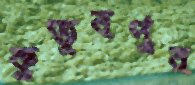
কুতুবপুর